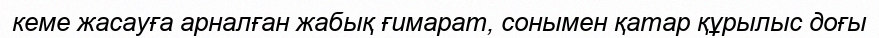
кеме жасауға арналған жабық ғимарат, сонымен қатар құрылыс доғы